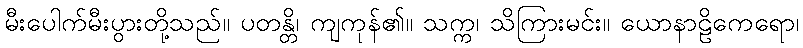
မီးပေါက်မီးပွားတို့သည်။ ပတန္တိ၊ ကျကုန်၏။ သက္က၊ သိကြားမင်း။ ယောနာဠိကေရော၊